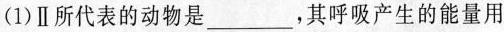
(1)Ⅱ所代表的动物是___，其呼吸产生的能量用